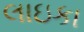
લાઇકા